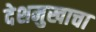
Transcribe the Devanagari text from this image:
देशमुखाचा